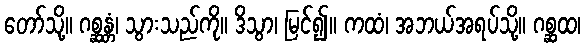
တော်သို့။ ဂစ္ဆန္တံ၊ သွားသည်ကို။ ဒိသွာ၊ မြင်၍။ ကထံ၊ အဘယ်အရပ်သို့။ ဂစ္ဆထ၊